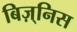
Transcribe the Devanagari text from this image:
बिज़्निस